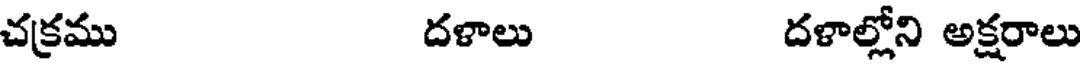
చక్రము దళాలు దళాల్లోని అక్షరాలు